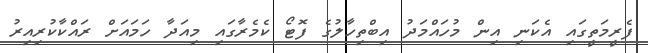
ފެރީމަތީގައި އެކަނި އިން މުހައްމަދު އިބްތިހާލުގެ ފޮޓޯ ކެމެރާގައި މިއަދާ ހަމައަށް ރައްކާކުރިއިރު